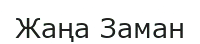
Жаңа Заман